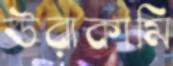
উরাকামি